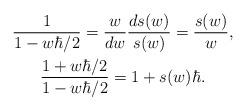
LaTeX: \begin{align*}\begin{gathered}\frac1{1-w\hbar/2}=\frac{w}{dw}\frac{ds(w)}{s(w)}=\frac{s(w)}{w},\\\frac{1+w\hbar/2}{1-w\hbar/2}=1+s(w)\hbar.\end{gathered}\end{align*}